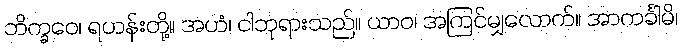
ဘိက္ခဝေ၊ ရဟန်းတို့။ အဟံ၊ ငါဘုရားသည်။ ယာဝ၊ အကြင်မျှလောက်။ အာကင်္ခါမိ၊